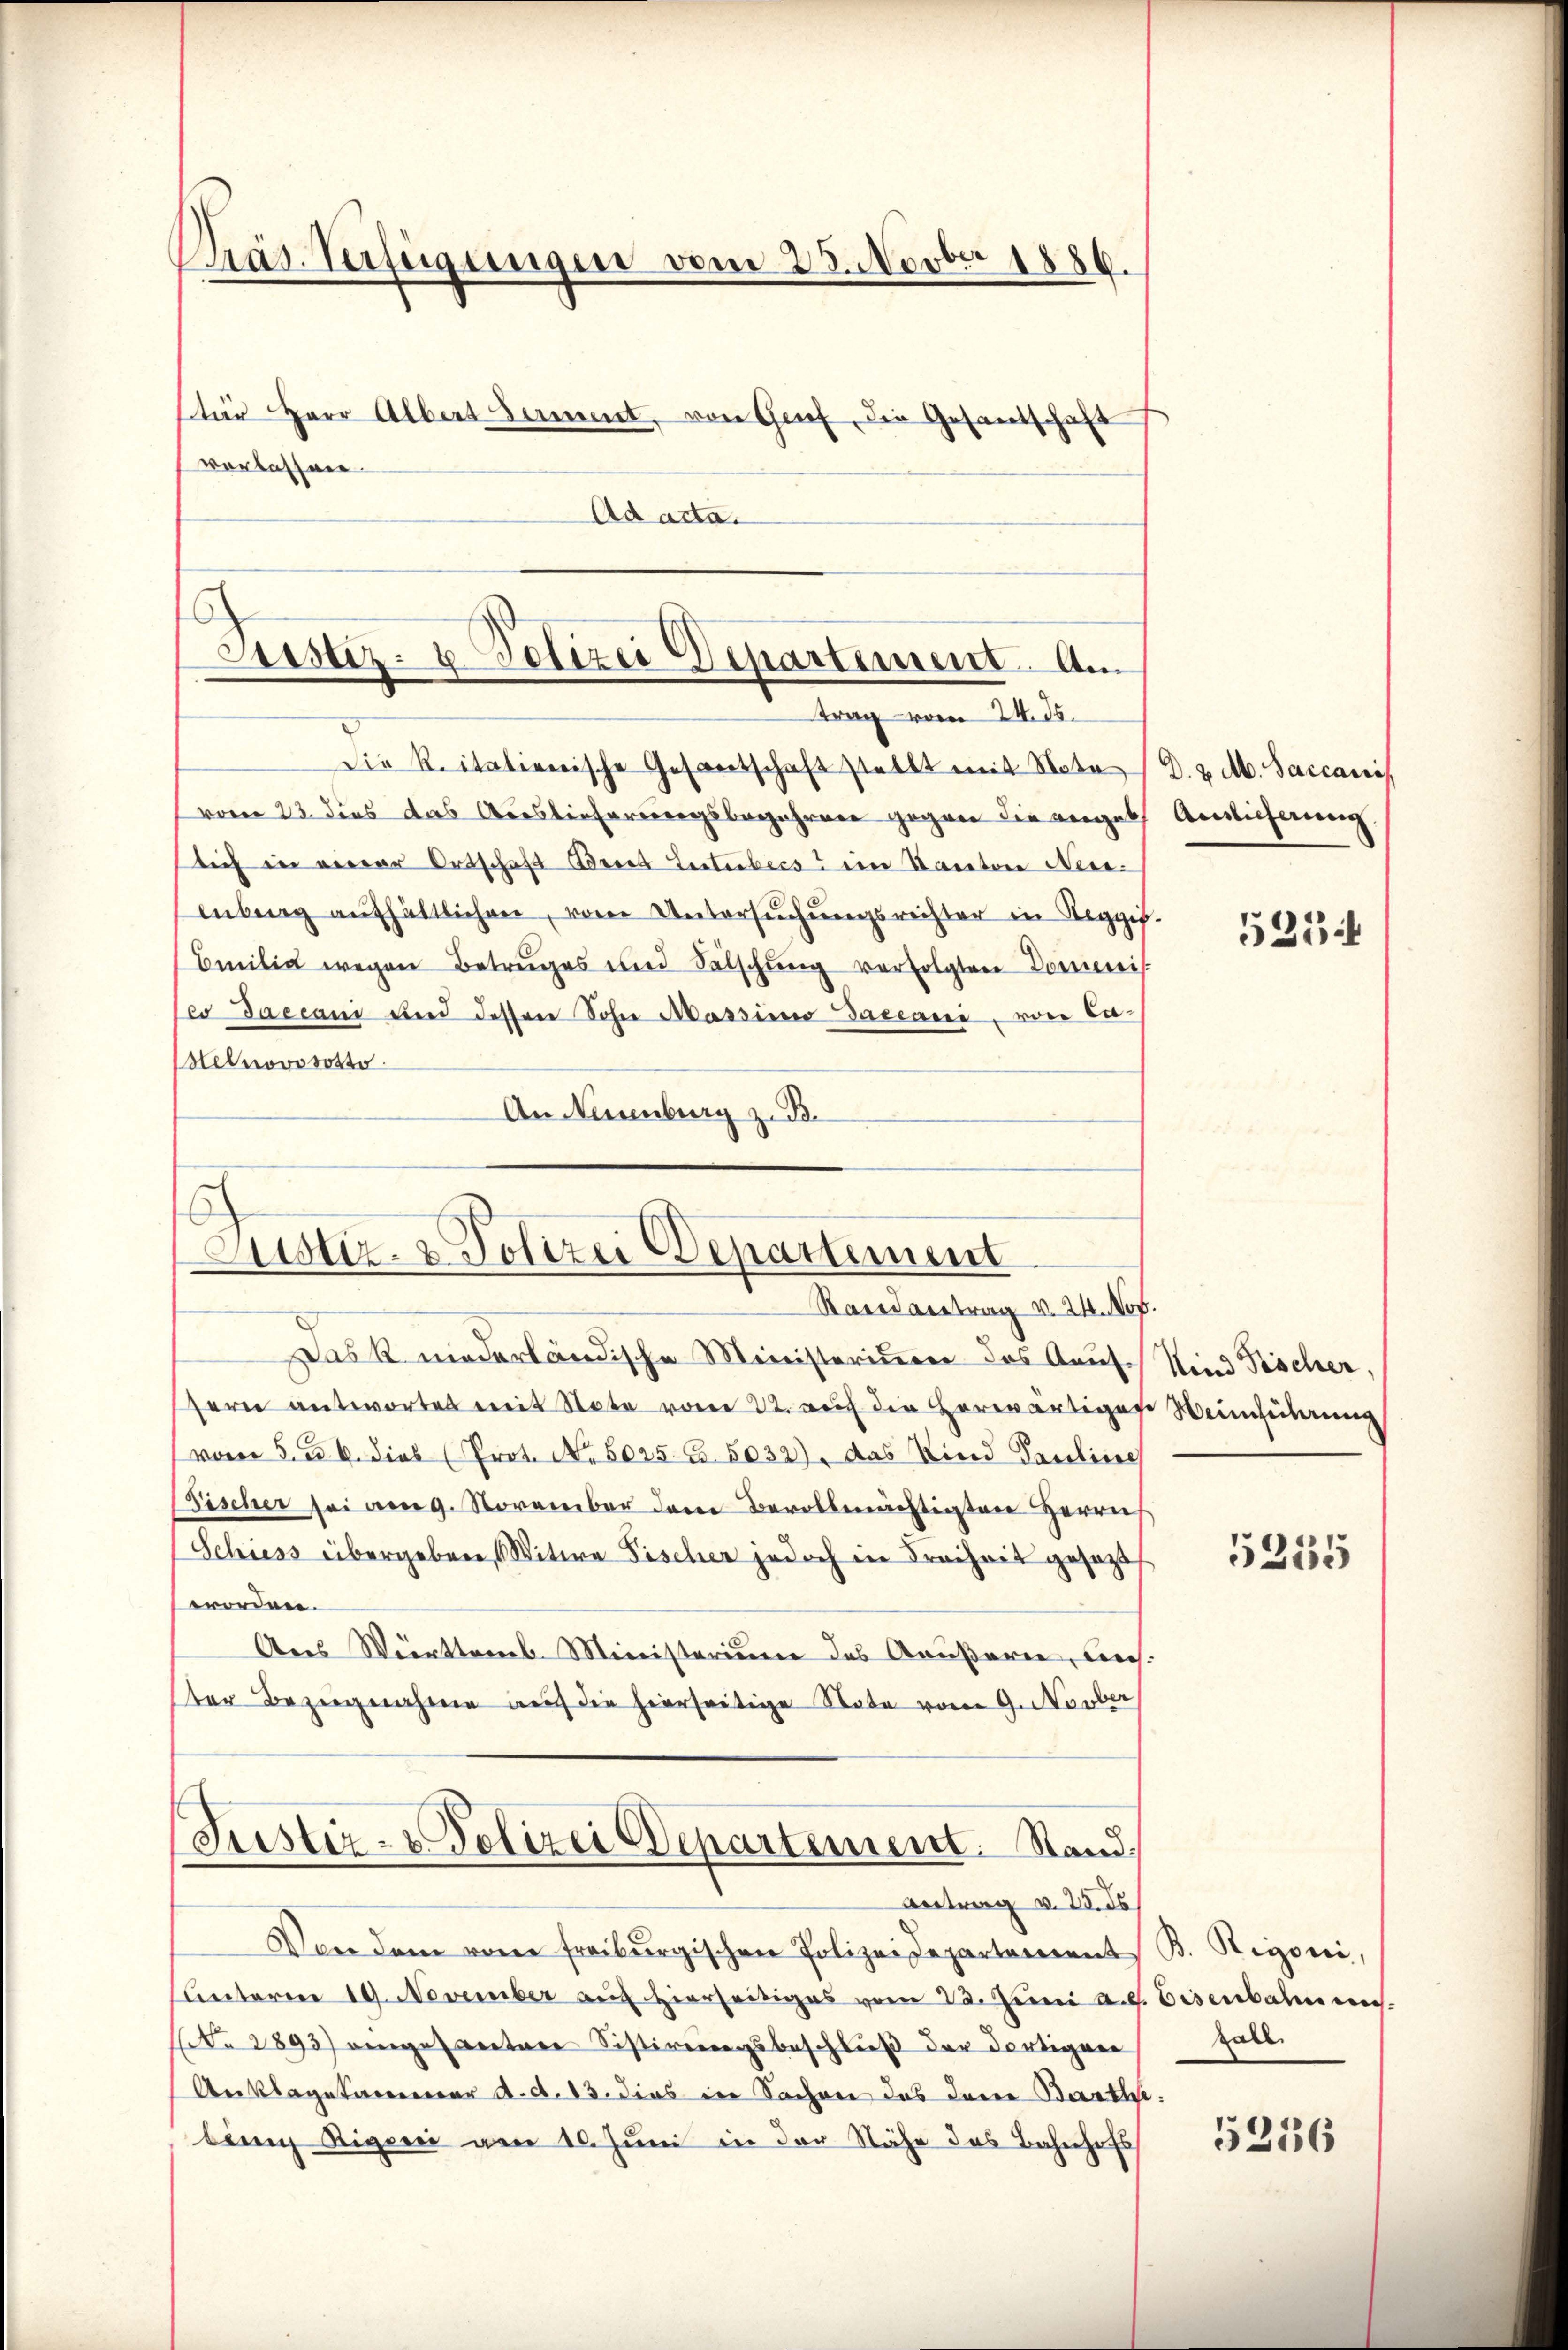
Präs. Verfügungen vom 25. Novber 1886.
ftür Herr Albert Sammt, von Graf, die Gesandschaft
verlassen.
Ad acta.

Justiz- & Polizei Departement. Am
trag vom 24. 55.

d
Die Reitalienische Gesantschaft stellt mit Note / D. 2. M. Saccanis
vom 23. dies das Auslieferungsbegehren gegen die angel Ansicherung
tich in vierer Ortschaft Brees Lusterberst im Kantone Neisenberg aŭfhältlichen, vom Untersŭchŭngsrechter in Reggis.
Emilie wegen Betruges und Sälschŭng verfolgten Commis
co Daecani und dessen Sohn Massimo Daceani, von Caelnovosotto
An Neuenburg zu Pa

.
Justiz- & Polizei Departement
Randvertrag v. 24. Nov.

das R. niederländische Ministerium das Aauf-
sern antwortet mit Note vom 22. auf die herwärtige Weinheiterung
vom 5. d. 6. dies (Prot. No. 8025 Fr. 5032), das Kind Pauline
(Fischer sei am 9. November dem Bevollmächtigten Herrn
Schiess übergeben, Witwe Fischer jedoch in Freiheit gesetzt
worden.
Aus Württemb. Ministerium des Aeußarie, un
ter Bezugnahme auf die hierseitige Note vom 9. Novber
(Justiz- & Polizei Departement. Stand
Antrag v. 25. ds
Von dem vom freiburgischen Polizeidepartement B. Rigori,
unteren 19. November auf hierseitiges vom 20. Juni Au
(Nr 2893) angesantere Sistirungsbeschluß der dortigen
Anklagekammer d. d. 13. dies in Sachen das dann Bartl
lung Rigorii von 10. Juni in der Nähe des Bahnhofs

521

Kind Fischer,

1

5255

Eisenbahnen.
Zall

5256